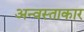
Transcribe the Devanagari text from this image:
अन्वस्ताकार